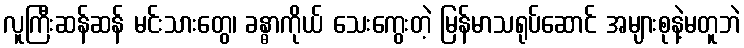
လူကြီးဆန်ဆန် မင်းသားတွေ၊ ခန္ဓာကိုယ် သေးကွေးတဲ့ မြန်မာသရုပ်ဆောင် အများစုနဲ့မတူဘဲ